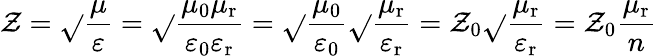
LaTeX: \mathcal{Z}={\sqrt{}{{\frac{{\mu}}{{\varepsilon}}}}}={\sqrt{}{{\frac{{\mu_{\mathrm{{0}}}\mu_{\mathrm{{r}}}}}{{\varepsilon_{\mathrm{{0}}}\varepsilon_{\mathrm{{r}}}}}}}}={\sqrt{}{{\frac{{\mu_{\mathrm{{0}}}}}{{\varepsilon_{\mathrm{{0}}}}}}}}{\sqrt{}{{\frac{{\mu_{\mathrm{{r}}}}}{{\varepsilon_{\mathrm{{r}}}}}}}}=\mathcal{Z}_{0}{\sqrt{}{{\frac{{\mu_{\mathrm{{r}}}}}{{\varepsilon_{\mathrm{{r}}}}}}}}=\mathcal{Z}_{0}{\frac{{\mu_{\mathrm{{r}}}}}{{n}}}